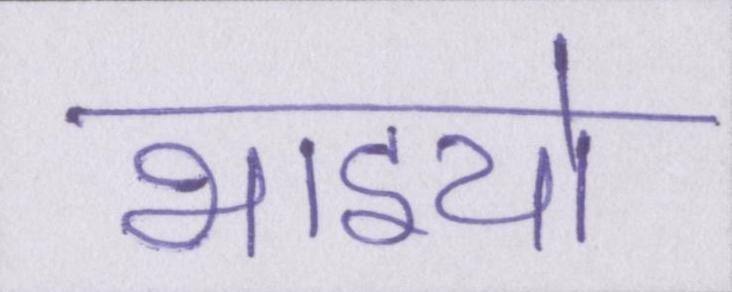
भाइयो